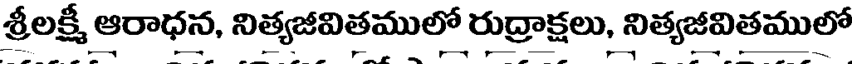
శ్రీలక్ష్మీ ఆరాధన, నిత్యజీవితములో రుద్రాక్షలు, నిత్యజీవితములో